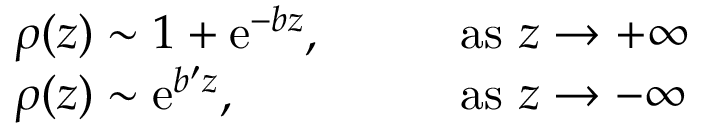
\begin{array} { l l } { { \displaystyle { \rho ( z ) \sim 1 + \mathrm { e } ^ { - b z } , } } } & { { \qquad \mathrm { a s ~ } z \rightarrow + \infty } } \\ { { \displaystyle { \rho ( z ) \sim \mathrm { e } ^ { b ^ { \prime } z } , } } } & { { \qquad \mathrm { a s ~ } z \rightarrow - \infty } } \end{array}